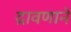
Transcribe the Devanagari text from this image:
द्रावणाने